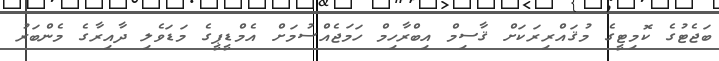
ބަޖެޓުގެ ކޮމިޓީގެ މުޤައްރިރަކަށް ޤާސިމް އިބްރާހިމް ހަމަޖެއްސުމަށް އެމްޑީޕީގެ މަޑަވެލި ދާއިރާގެ މެންބަރު